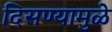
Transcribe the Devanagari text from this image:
दिसण्यामुळे